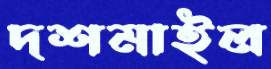
দশমাইল